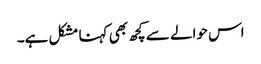
اس حوالے سے کچھ بھی کہنا مشکل ہے۔